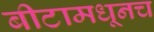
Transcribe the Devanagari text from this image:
बीटामधूनच